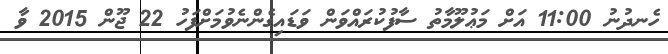
ހެނދުނު 11:00 އަށް މަޢުލޫމާތު ސާފުކުރައްވަން ވަޑައިގެންނެވުމަށްފަހު 22 ޖޫން 2015 ވާ